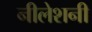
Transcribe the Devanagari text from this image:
नीलेशनी